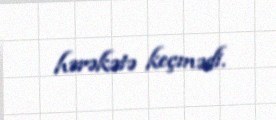
hərəkətə keçmədi.